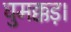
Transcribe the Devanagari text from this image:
घुमक्कड़।